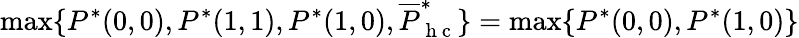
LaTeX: \operatorname*{max}\{ P^{*}(0,0),P^{*}(1,1),P^{*}(1,0),\overline{{P}}_{\mathrm{~h~c~}}^{*}\} =\operatorname*{max}\{ P^{*}(0,0),P^{*}(1,0)\}